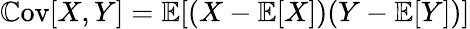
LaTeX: \mathbb{C}\textrm{ov}[X,Y]=\mathbb{E}[(X-\mathbb{E}[X])(Y-\mathbb{E}[Y])]